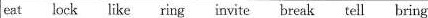
eat lock like ring invite break tell bring